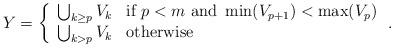
LaTeX: \begin{align*}Y = \left\{\begin{array}{ll}\bigcup_{k \geq p} V_k & \mbox{if } p < m \mbox{ and } \min(V_{p+1}) < \max(V_p) \\\bigcup_{k > p} V_k & \mbox{otherwise}\end{array} \right..\end{align*}